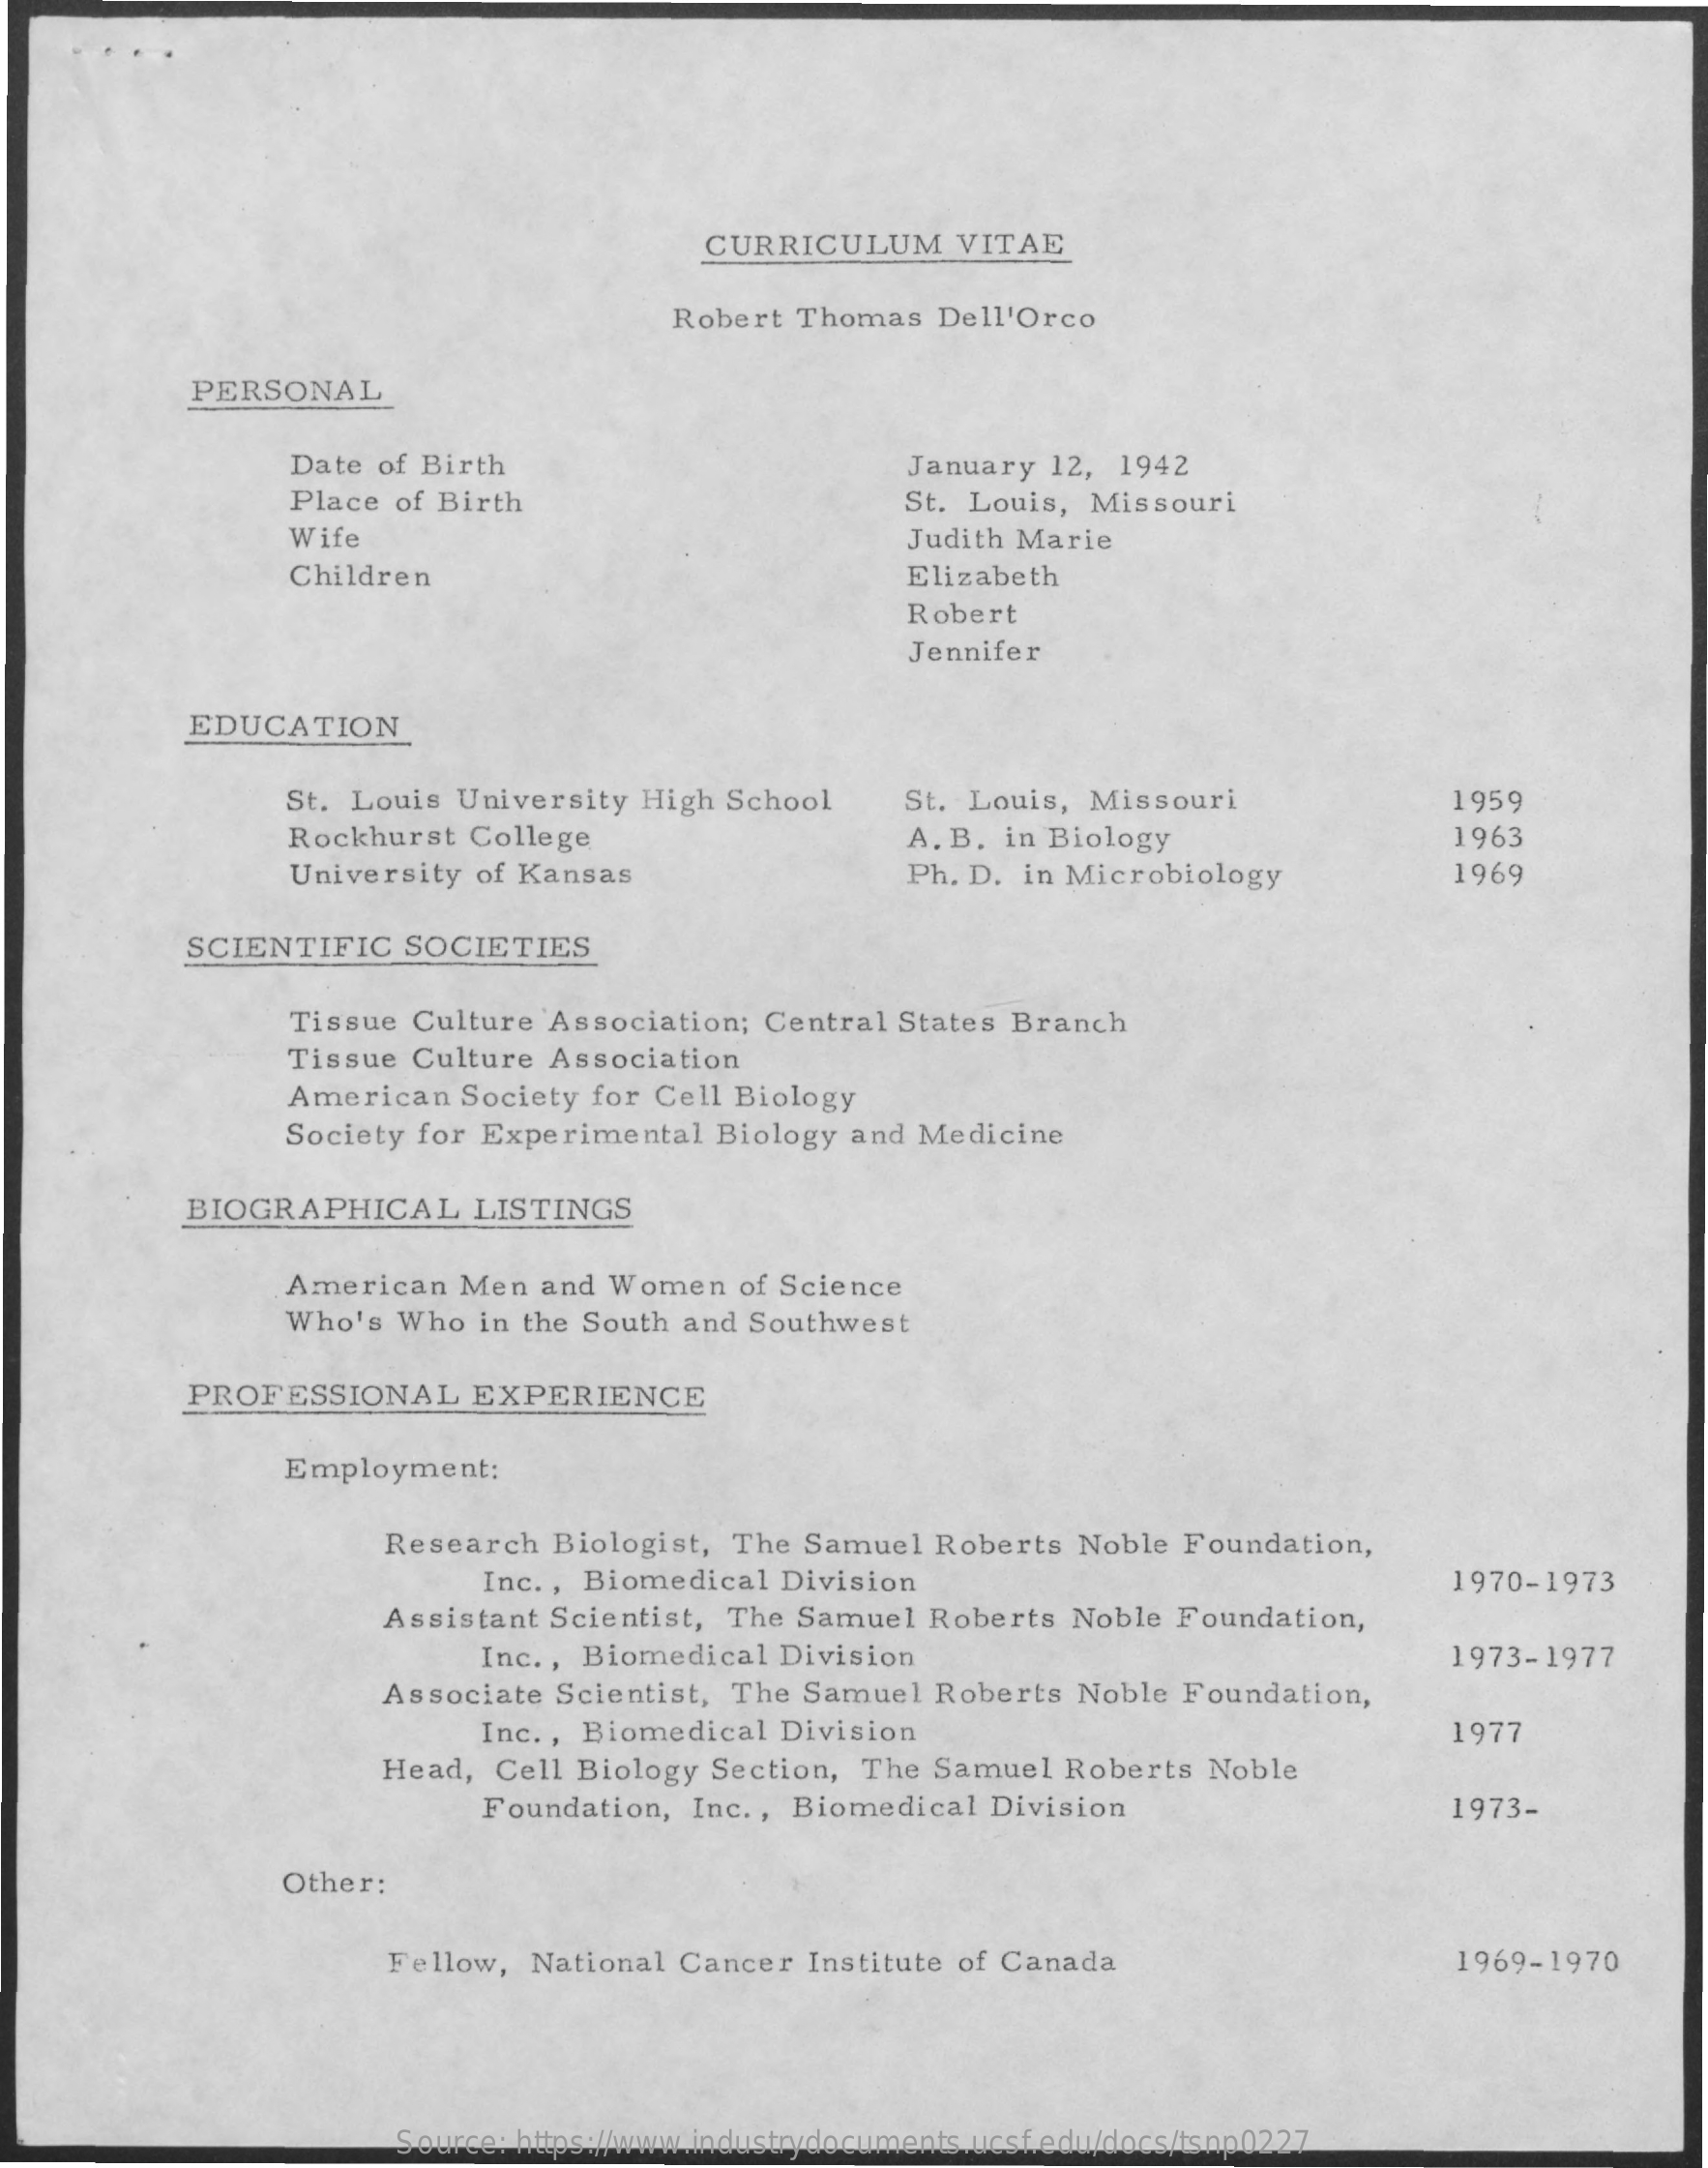
CURRICULUM    VITAE
     Robert Thomas    Dell'Orco
     PERSONAL
     Date of Birth    January  12, 1942
     Place  of Birth    St. Louis, Missouri
     Wife    Judith Marie
     Children    Elizabeth
     Robert
     Jennifer
     EDUCATION
     St. Louis  University High  School    St. Louis, Missouri    1959
     Rockhurst  College    A. B. in Biology    1963
     University  of Kansas    Ph. D. in Microbiology    1969
     SCIENTIFIC    SOCIETIES
     Tissue  Culture Association;  Central  States Branch
     Tissue  Culture  Association
     American   Society for Cell Biology
     Society for Experimental   Biology  and Medicine
     BIOGRAPHICAL    LISTINGS
     American   Men  and Women    of Science
     Who's  Who  in the South and Southwest
     PROFESSIONAL    EXPERIENCE
     Employment:
     Research   Biologist, The  Samuel  Roberts   Noble Foundation,
     Inc ., Biomedical Division    1970-1973
     Assistant  Scientist, The Samuel   Roberts  Noble  Foundation,
     Inc ., Biomedical  Division    1973-1977
     Associate  Scientist, The  Samuel  Roberts   Noble Foundation,
     Inc ., Biomedical Division    1977
     Head,  Cell Biology  Section,  The Samuel   Roberts  Noble
     Foundation,   Inc ., Biomedical  Division    1973-
     Other:
     Fellow,  National  Cancer  Institute of Canada    1969-1970
     Source: https://www.industrydocuments.ucsf.edu/docs/tsnp0227